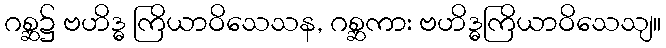
ဂစ္ဆ၌ ဗဟိဒ္ဓ ကြိယာဝိသေသန, ဂစ္ဆကား ဗဟိဒ္ဓကြိယာဝိသေသျ။